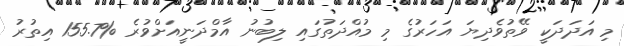
މި އަދަދަކީ ވޭތުވެދިޔަ އަހަރުގެ މި މުއްދަތުގައި ލިބުނު އާމްދަނީއަށްވުރެ %155.7 އިތުރު